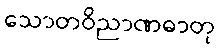
သောတဝိညာဏဓာတု